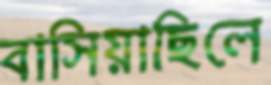
বাসিয়াছিলে